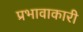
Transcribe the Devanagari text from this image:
प्रभावाकारी